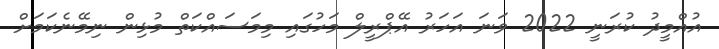
އުއްމީދު ކުރަނީ 2022 ވަނަ އަހަރު އޭޕްރީލް މަހުގައި މިމަސައްކަތް މުޅިން ނިމޭނެކަމަށް